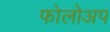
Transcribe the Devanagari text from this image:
फोलोअप